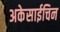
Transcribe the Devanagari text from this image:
अकेसाईचिन